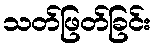
သတ်ဖြတ်ခြင်း